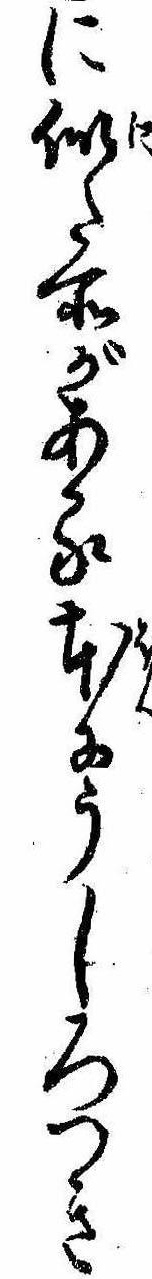
に似た所がある本にうしろつき